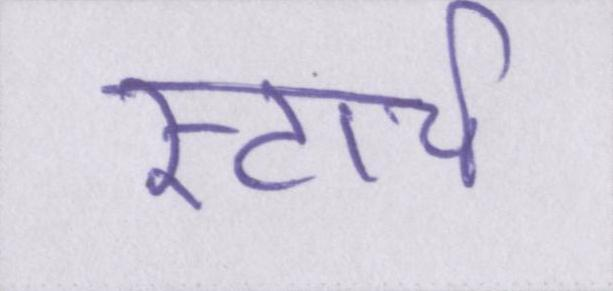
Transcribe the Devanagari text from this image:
स्टार्च